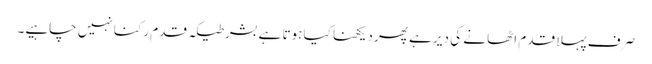
صر ف پہلا قدم اٹھا نے کی دیر ہے پھر دیکھنا کیا ہوتا ہے بشرطیکہ قدم رکنا نہیں چاہیے۔